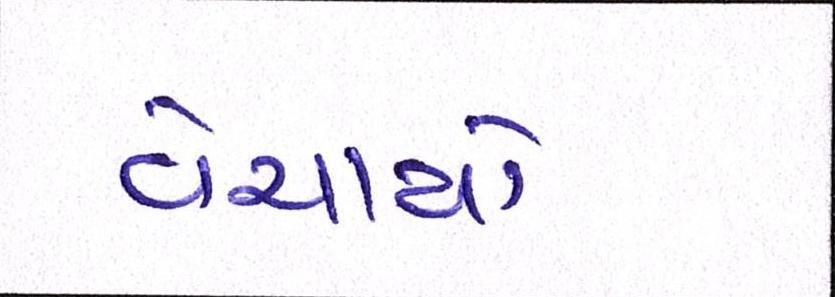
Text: વેચાયો